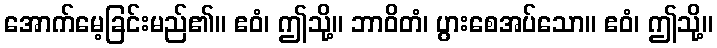
အောက်မေ့ခြင်းမည်၏။ ဧဝံ၊ ဤသို့။ ဘာဝိတံ၊ ပွားစေအပ်သော။ ဧဝံ၊ ဤသို့။